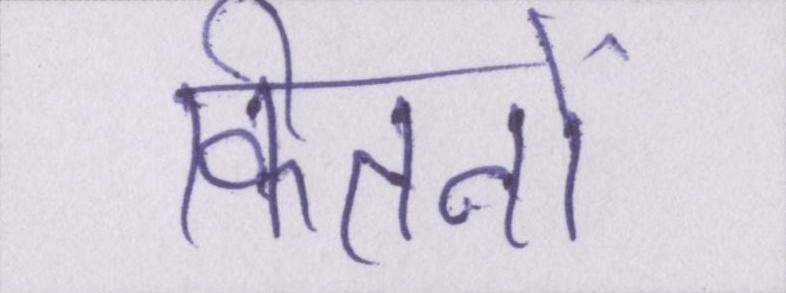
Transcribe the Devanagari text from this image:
कितनों